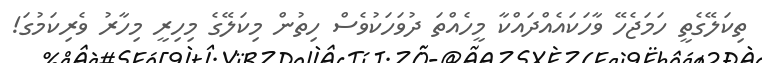
ތިކަލޭގެތީ ހަމަޖެހޭ ވާހަކައެއްދައްކާ މީހެއްތަ ދުވަހަކުވެސް ހިތުން މިކަލޭގެ މިހިރީ މިހާރު ވެރިކަމުގަ!